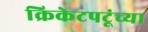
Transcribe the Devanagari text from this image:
क्रिकेटपटूंच्या